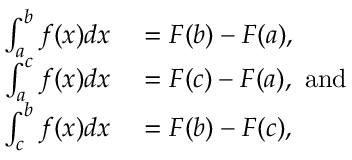
\begin{array} { r l } { \int _ { a } ^ { b } f ( x ) d x } & { { } = F ( b ) - F ( a ) , } \\ { \int _ { a } ^ { c } f ( x ) d x } & { { } = F ( c ) - F ( a ) , { \mathrm { ~ a n d ~ } } } \\ { \int _ { c } ^ { b } f ( x ) d x } & { { } = F ( b ) - F ( c ) , } \end{array}